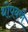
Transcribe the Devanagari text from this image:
थोपवणे